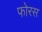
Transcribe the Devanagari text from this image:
फोरस